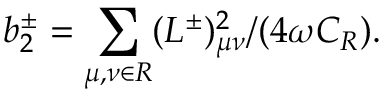
b _ { 2 } ^ { \pm } = \sum _ { \mu , \nu \in { \cal R } } ( L ^ { \pm } ) _ { \mu \nu } ^ { 2 } / ( 4 \omega C _ { \cal R } ) .